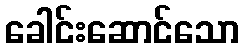
ခေါင်းဆောင်သော